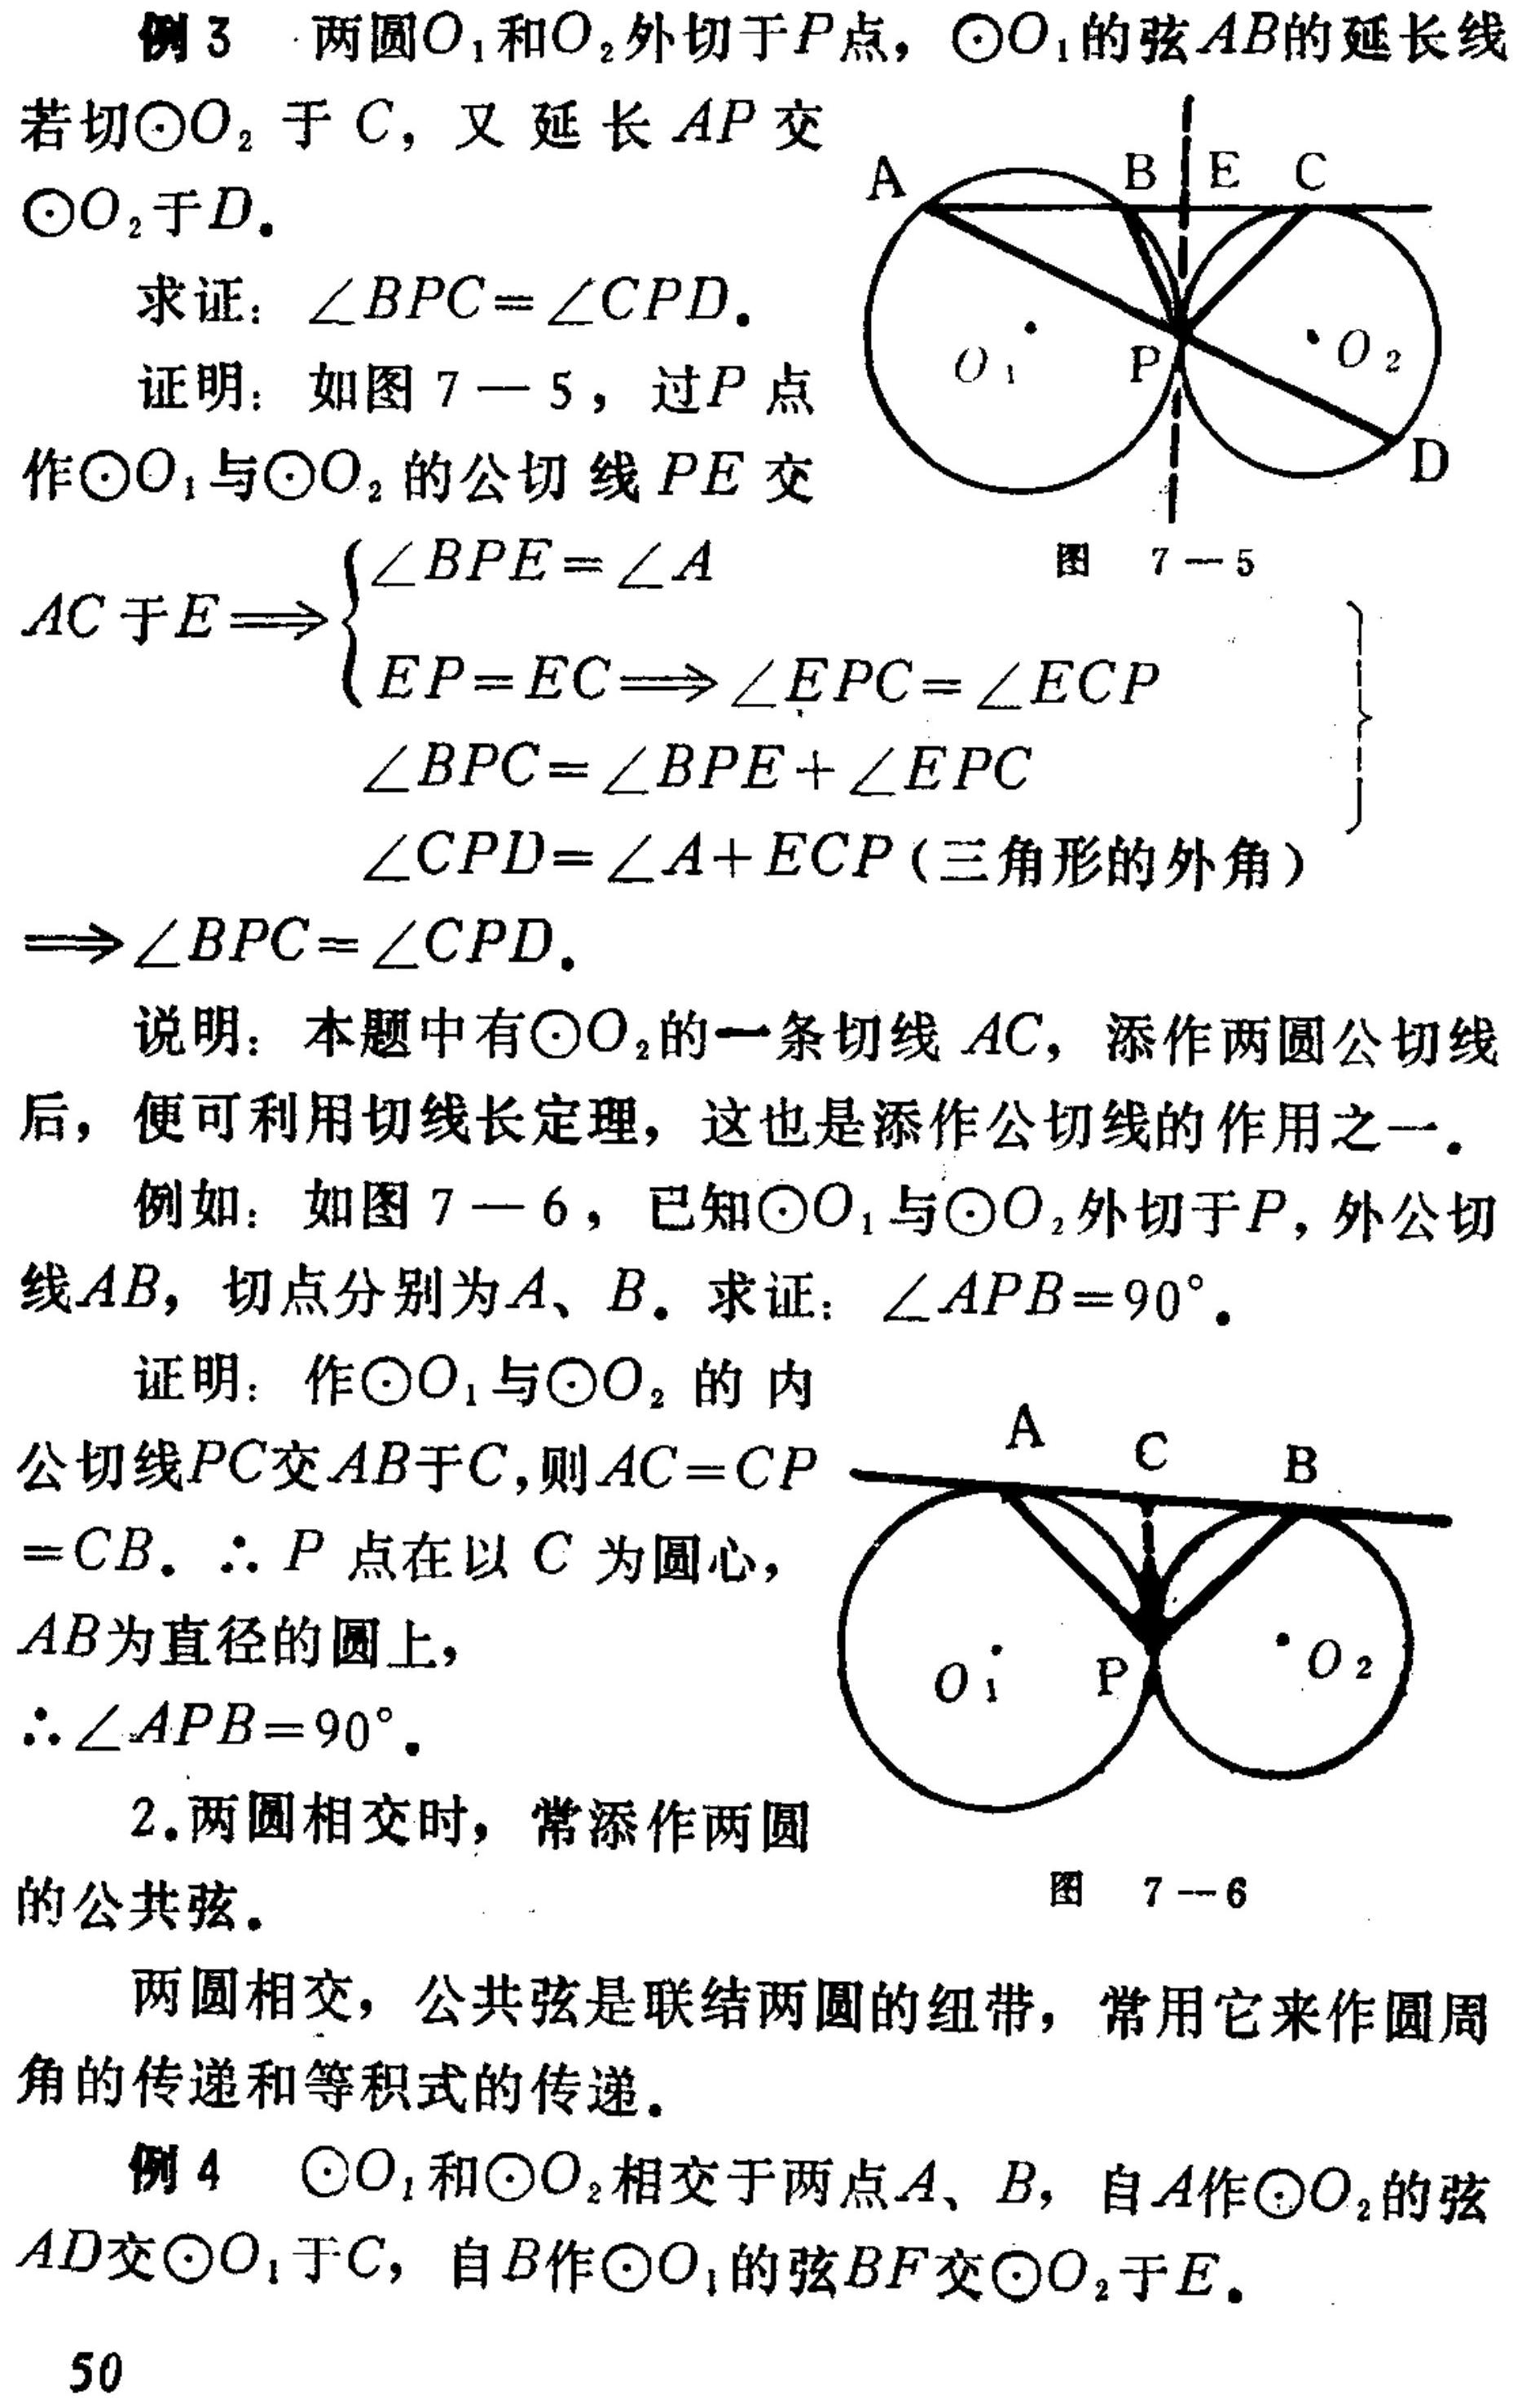
例3 两圆\(O_{1}\)和\(O_{2}\)外切于\(P\)点，\(\odot O_{1}\)的弦\(AB\)的延长线若切\(\odot O_{2}\)于\(C\)，又延长\(AP\)交\(\odot O_{2}\)于\(D\).
求证：\(\angle BPC=\angle CPD\).
证明：如图7 - 5，过\(P\)点作\(\odot O_{1}\)与\(\odot O_{2}\)的公切线\(PE\)交\(AC\)于\(E\Rightarrow\left\{
\begin{array}{l}
\angle BPE=\angle A\\
EP = EC\Rightarrow\angle EPC=\angle ECP
\end{array}
\right.\)
\(\begin{array}{l}
\angle BPC=\angle BPE+\angle EPC\\
\angle CPD=\angle A + ECP(三角形的外角)
\end{array}\)
\(\Rightarrow\angle BPC=\angle CPD\).
说明：本题中有\(\odot O_{2}\)的一条切线\(AC\)，添作两圆公切线后，便可利用切线长定理，这也是添作公切线的作用之一.
例如：如图7 - 6，已知\(\odot O_{1}\)与\(\odot O_{2}\)外切于\(P\)，外公切线\(AB\)，切点分别为\(A、B\). 求证：\(\angle APB = 90^{\circ}\).
证明：作\(\odot O_{1}\)与\(\odot O_{2}\)的内公切线\(PC\)交\(AB\)于\(C\)，则\(AC = CP=CB\). \(\therefore P\)点在以\(C\)为圆心，\(AB\)为直径的圆上，\(\therefore\angle APB = 90^{\circ}\).
2.两圆相交时，常添作两圆的公共弦.
两圆相交，公共弦是联结两圆的纽带，常用它来作圆周角的传递和等积式的传递.
例4 \(\odot O_{1}\)和\(\odot O_{2}\)相交于两点\(A、B\)，自\(A\)作\(\odot O_{2}\)的弦\(AD\)交\(\odot O_{1}\)于\(C\)，自\(B\)作\(\odot O_{1}\)的弦\(BF\)交\(\odot O_{2}\)于\(E\).
50